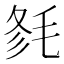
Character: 𣭫